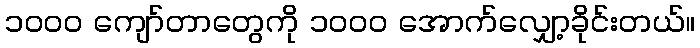
၁၀၀၀ ကျော်တာတွေကို ၁၀၀၀ အောက်လျှော့ခိုင်းတယ်။